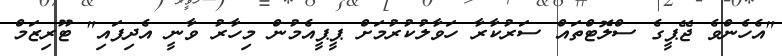
"އެހެންވެ ޖޭޕީގެ ސްލޮޓްތައް ސަރުކާރާ ހަވާލުކުރުމަށް ޕީޕީއެމުން މިހާރު ވާނީ އެދިފައި" ޓޫރިޒަމް